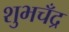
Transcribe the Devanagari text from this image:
शुभचँद्र